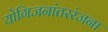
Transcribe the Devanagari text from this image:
योगिजनांतररंजना